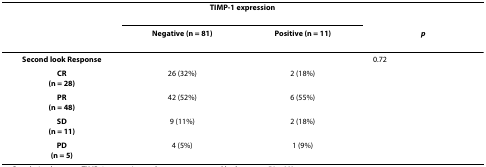
<table><thead><tr><td></td><td colspan="2"><b>TIMP-1 expression</b></td><td></td></tr><tr><td></td><td><b>Negative (n = 81)</b></td><td><b>Positive (n = 11)</b></td><td><b><i>p</i></b></td></tr></thead><tbody><tr><td><b>Second look Response</b></td><td></td><td></td><td>0.72</td></tr><tr><td><b>CR</b><b>(n = 28)</b></td><td>26 (32%)</td><td>2 (18%)</td><td></td></tr><tr><td><b>PR</b><b>(n = 48)</b></td><td>42 (52%)</td><td>6 (55%)</td><td></td></tr><tr><td><b>SD</b><b>(n = 11)</b></td><td>9 (11%)</td><td>2 (18%)</td><td></td></tr><tr><td><b>PD</b><b>(n = 5)</b></td><td>4 (5%)</td><td>1 (9%)</td><td></td></tr></tbody></table>